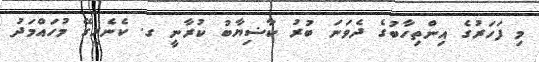
މި ފަހަރުގެ އިންތިހާބުގެ ދެވަނަ ބުރު ކާޟިޔާބު ކުރާނީ ގ. ކެނެރީގޭ މުހައްމަދު